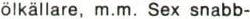
ölkällare, m.m. Sex snabb-